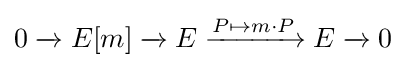
0\xrightarrow {} E[m]\xrightarrow {} E\xrightarrow {P\mapsto m\cdot P} E\xrightarrow {} 0